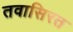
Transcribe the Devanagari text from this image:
तवासिरत